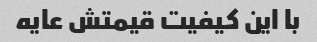
با این کیفیت قیمتش عایه